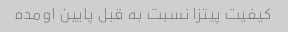
کیفیت پیتزا نسبت به قبل پایین اومده